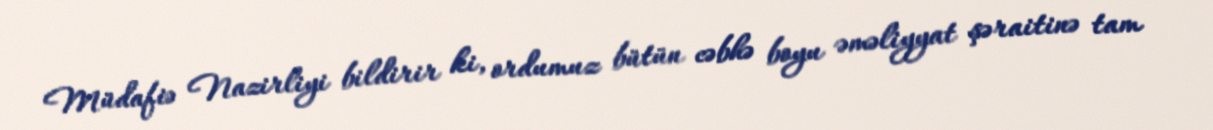
Müdafiə Nazirliyi bildirir ki, ordumuz bütün cəbhə boyu əməliyyat şəraitinə tam